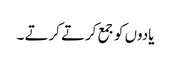
یادوں کو جمع کرتے کرتے ۔